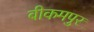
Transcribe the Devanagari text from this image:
बीकमपुर